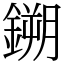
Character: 鎙